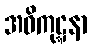
အဓိကုဋ္ဋနာ